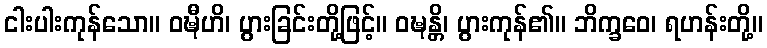
ငါးပါးကုန်သော။ ဝဍ္ဎီဟိ၊ ပွားခြင်းတို့ဖြင့်။ ဝဍ္ဎန္တိ၊ ပွားကုန်၏။ ဘိက္ခဝေ၊ ရဟန်းတို့။